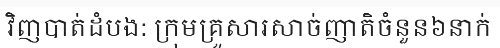
វិញបាត់ដំបង: ក្រុមគ្រួសារសាច់ញាតិចំនួន៦នាក់